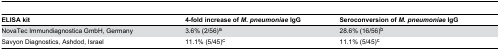
<table><thead><tr><td><b>ELISA kit</b></td><td><b>4-fold increase of <i>M. pneumoniae</i> IgG</b></td><td><b>Seroconversion of <i>M. pneumoniae</i> IgG</b></td></tr></thead><tbody><tr><td>NovaTec Immundiagnostica GmbH, Germany</td><td>3.6% (2/56)<sup>a</sup></td><td>28.6% (16/56)<sup>b</sup></td></tr><tr><td>Savyon Diagnostics, Ashdod, Israel</td><td>11.1% (5/45)<sup>c</sup></td><td>11.1% (5/45)<sup>c</sup></td></tr></tbody></table>